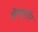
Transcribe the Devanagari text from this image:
जेल्यूगॉर